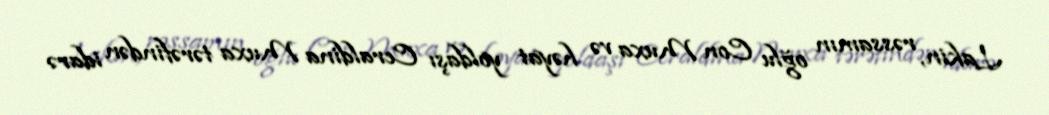
Lakin, rəssamın oğlu Con Muxa və həyat yoldaşı Ceraldina Muxa tərəfindən idarə